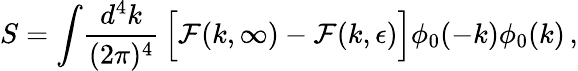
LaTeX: S=\int\! {\frac{d^{4}k}{(2\pi)^{4}}}\, \Bigl[{\cal F}(k,\infty)-{\cal F}(k,\epsilon)\Bigr]\phi_{0}(-k)\phi_{0}(k)\, ,